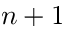
n + 1